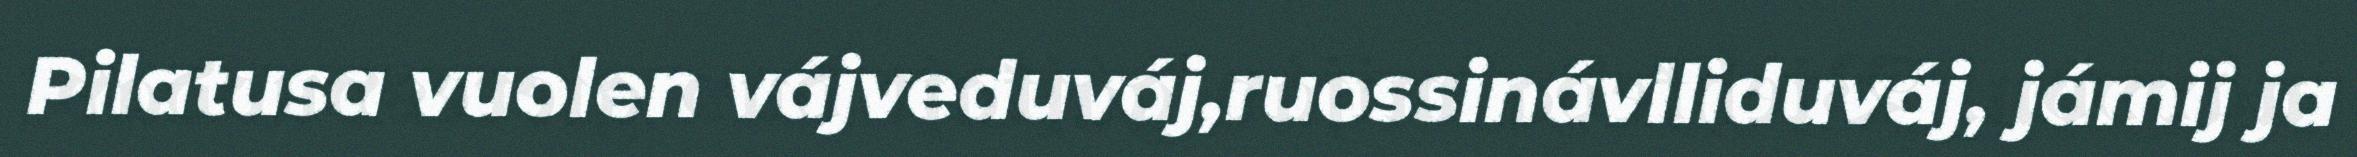
Pilatusa vuolen vájveduváj,ruossinávlliduváj, jámij ja